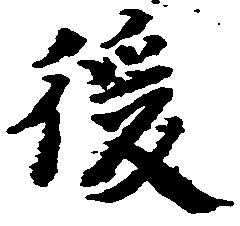
後